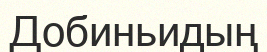
Добиньидың